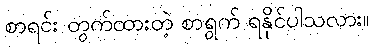
စာရင်း တွက်ထားတဲ့ စာရွက် ရနိုင်ပါသလား။